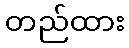
တည်ထား